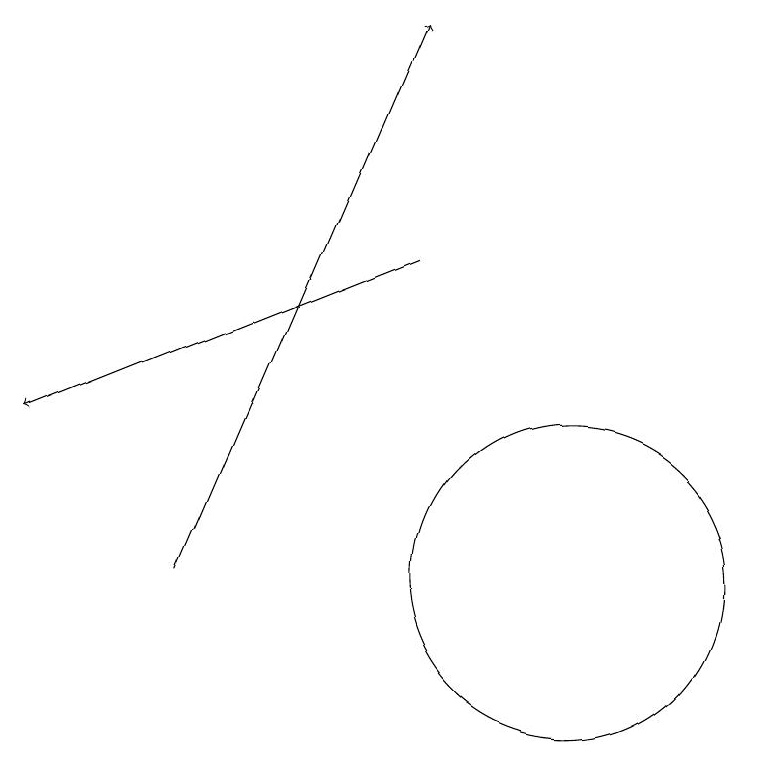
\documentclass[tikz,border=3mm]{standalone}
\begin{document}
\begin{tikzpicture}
\draw[->] (9,16) -- (4,14);
\draw (12,10) circle (0);
\draw (11,12) circle (2);
\draw[->] (6,12) -- (9,19);
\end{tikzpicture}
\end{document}